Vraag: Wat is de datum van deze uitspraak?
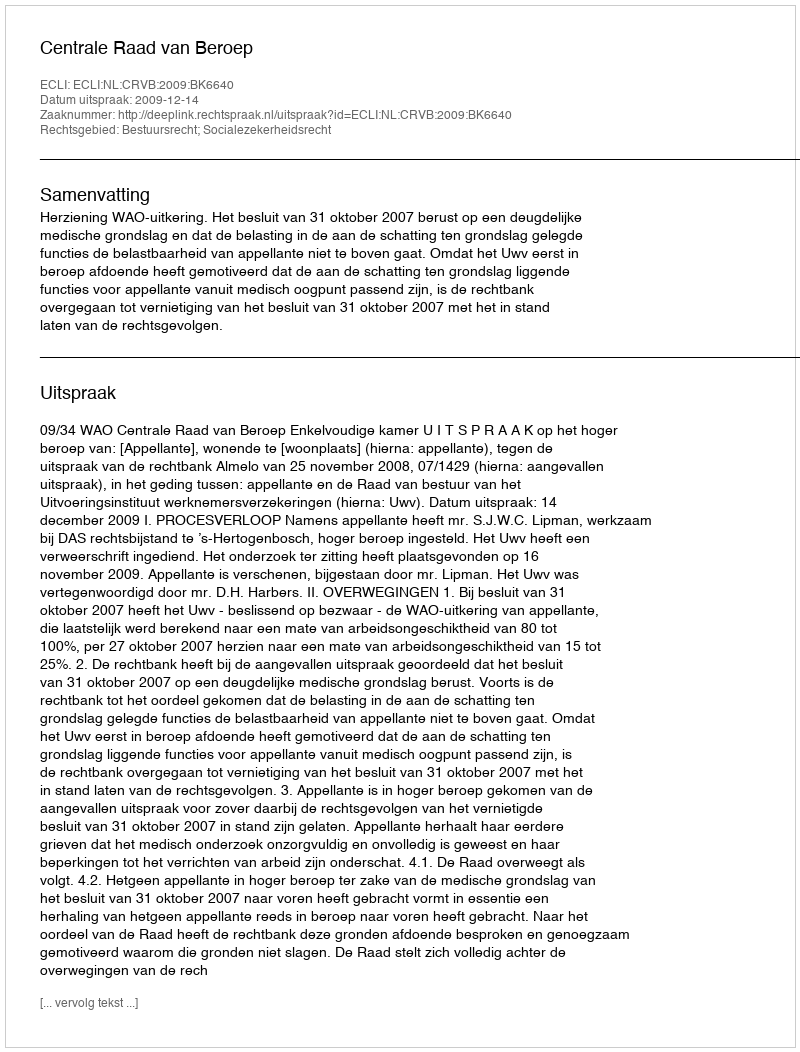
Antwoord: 2009-12-14